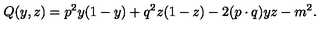
Q ( y , z ) = p ^ { 2 } y ( 1 - y ) + q ^ { 2 } z ( 1 - z ) - 2 ( p \cdot q ) y z - m ^ { 2 } .